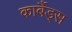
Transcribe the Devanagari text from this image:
कार्बैड्स